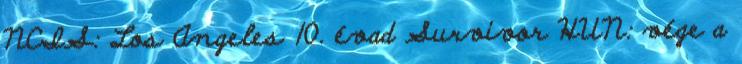
NCIS: Los Angeles 10. évad Survivor HUN: vége a